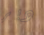
دبر